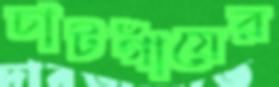
চাটগাঁয়ের